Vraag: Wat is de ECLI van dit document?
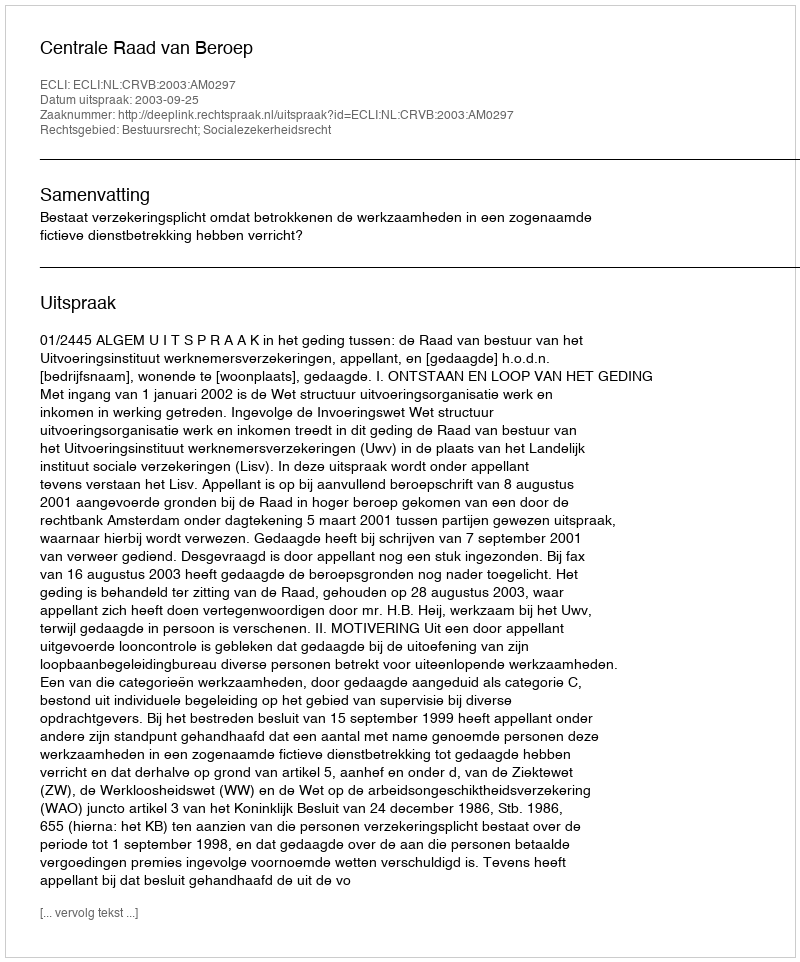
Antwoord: ECLI:NL:CRVB:2003:AM0297